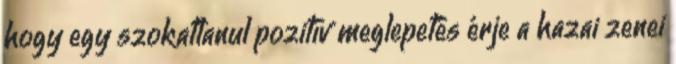
hogy egy szokatlanul pozitív meglepetés érje a hazai zenei